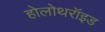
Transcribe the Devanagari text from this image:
होलोथरॉइड